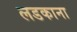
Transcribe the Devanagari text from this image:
लडकाना